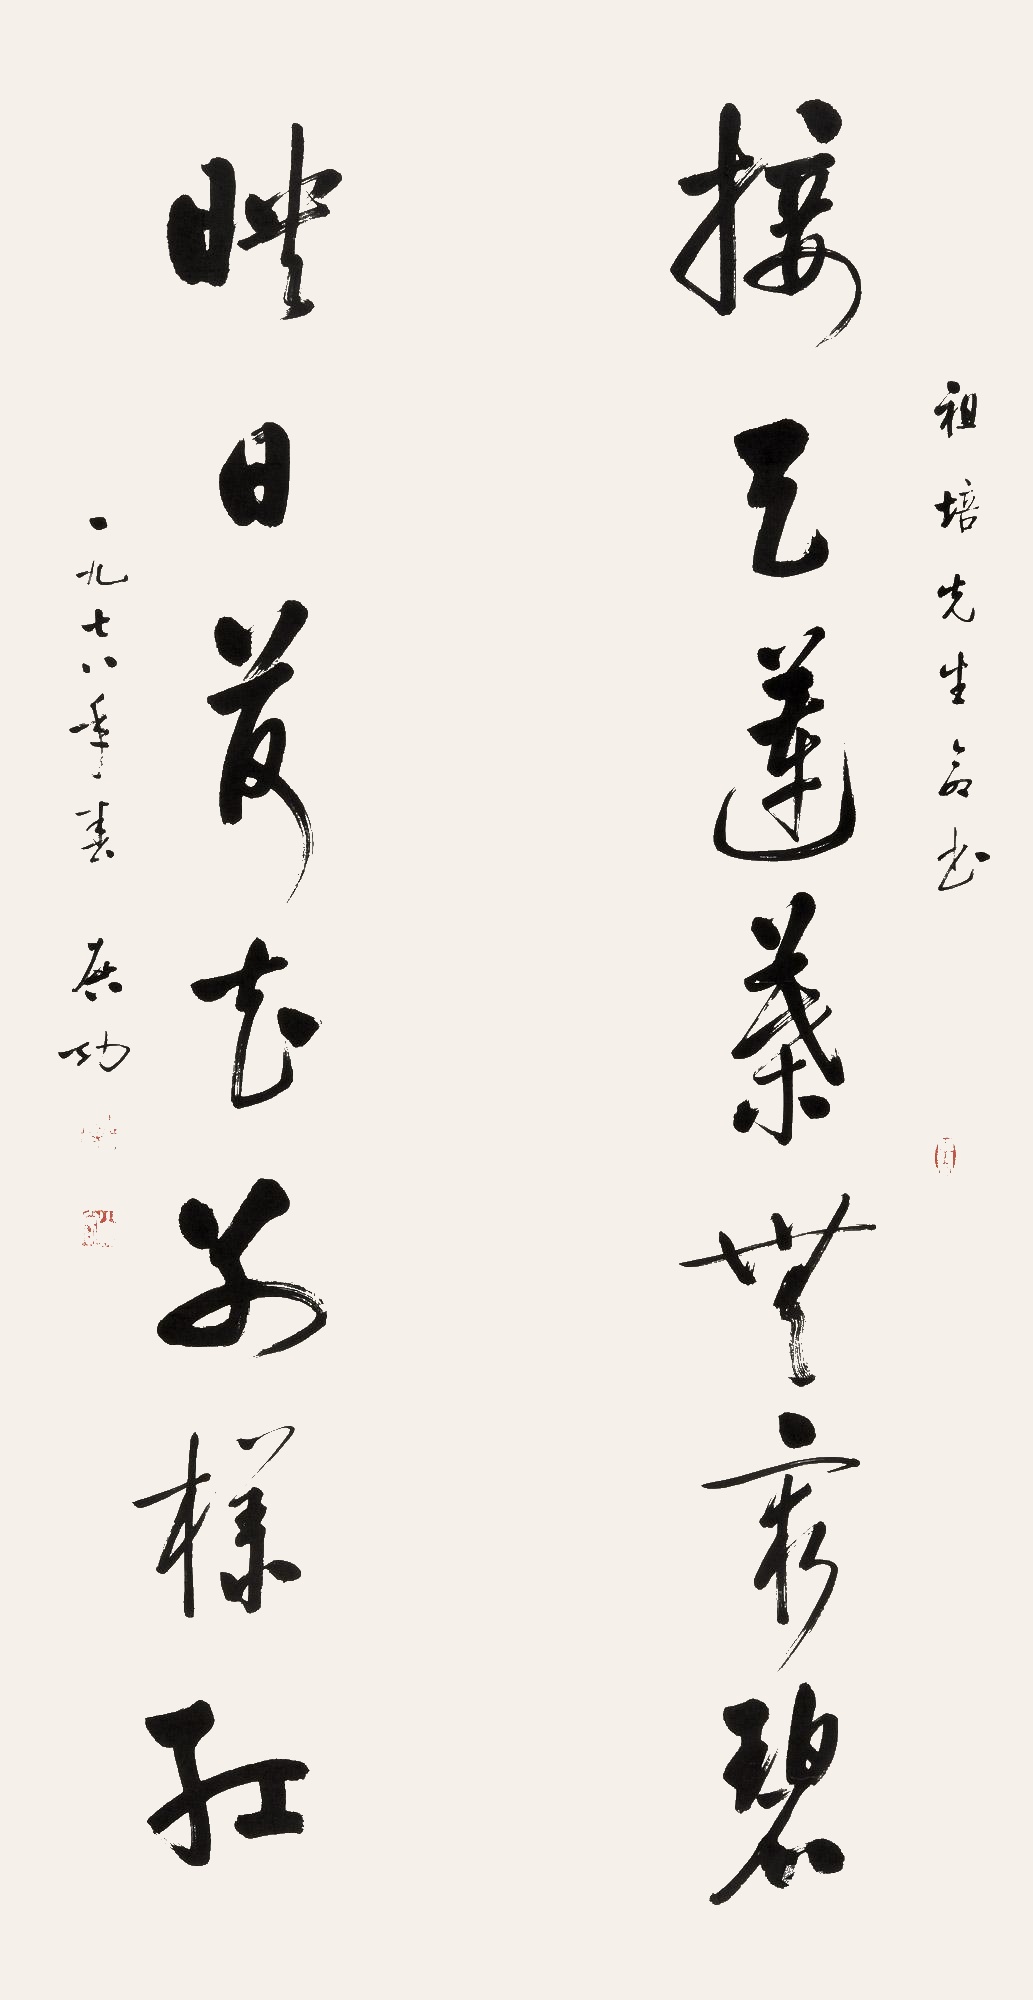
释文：接天莲叶无穷碧，映日荷花别样红。祖培先生命书。一九七八年春，启功。